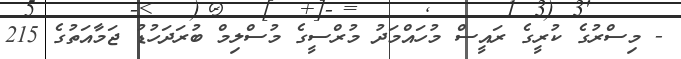
- މިސްރުގެ ކުރީގެ ރައީސް މުހައްމަދު މުރްސީގެ މުސްލިމް ބުރަދަހުޑު ޖަމާއަތުގެ 215